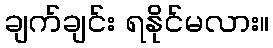
ချက်ချင်း ရနိုင်မလား။